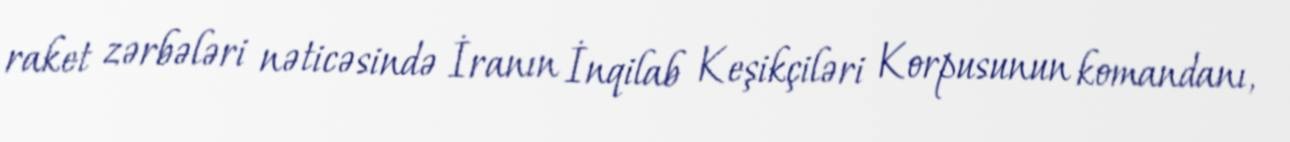
raket zərbələri nəticəsində İranın İnqilab Keşikçiləri Korpusunun komandanı,